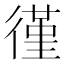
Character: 𫹡